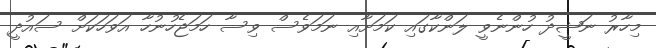
މިހާރު ނަޝީދު ހުންނެވީ ލަންކާގައި ކަމަށާއި ނަމަވެސް ވިސާ ހަމަޖެހުނުހާ އަވަހަކަށް ސައުދީ